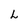
Character: L